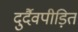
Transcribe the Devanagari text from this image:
दुर्दैवपीड़ित